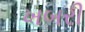
ખબરી